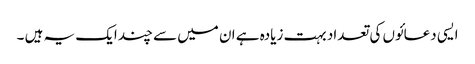
ایسی دعائوں کی تعداد بہت زیادہ ہے ان میں سے چند ایک یہ ہیں ۔